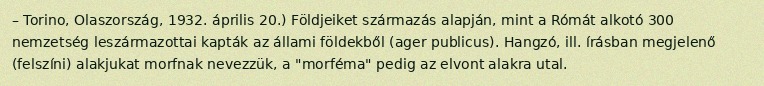
– Torino, Olaszország, 1932. április 20.) Földjeiket származás alapján, mint a Rómát alkotó 300 nemzetség leszármazottai kapták az állami földekből (ager publicus). Hangzó, ill. írásban megjelenő (felszíni) alakjukat morfnak nevezzük, a "morféma" pedig az elvont alakra utal.